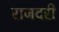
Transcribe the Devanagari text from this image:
राजदरी